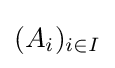
(A_{i})_{i\in I}